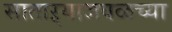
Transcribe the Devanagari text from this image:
साताऱ्याजवळच्या